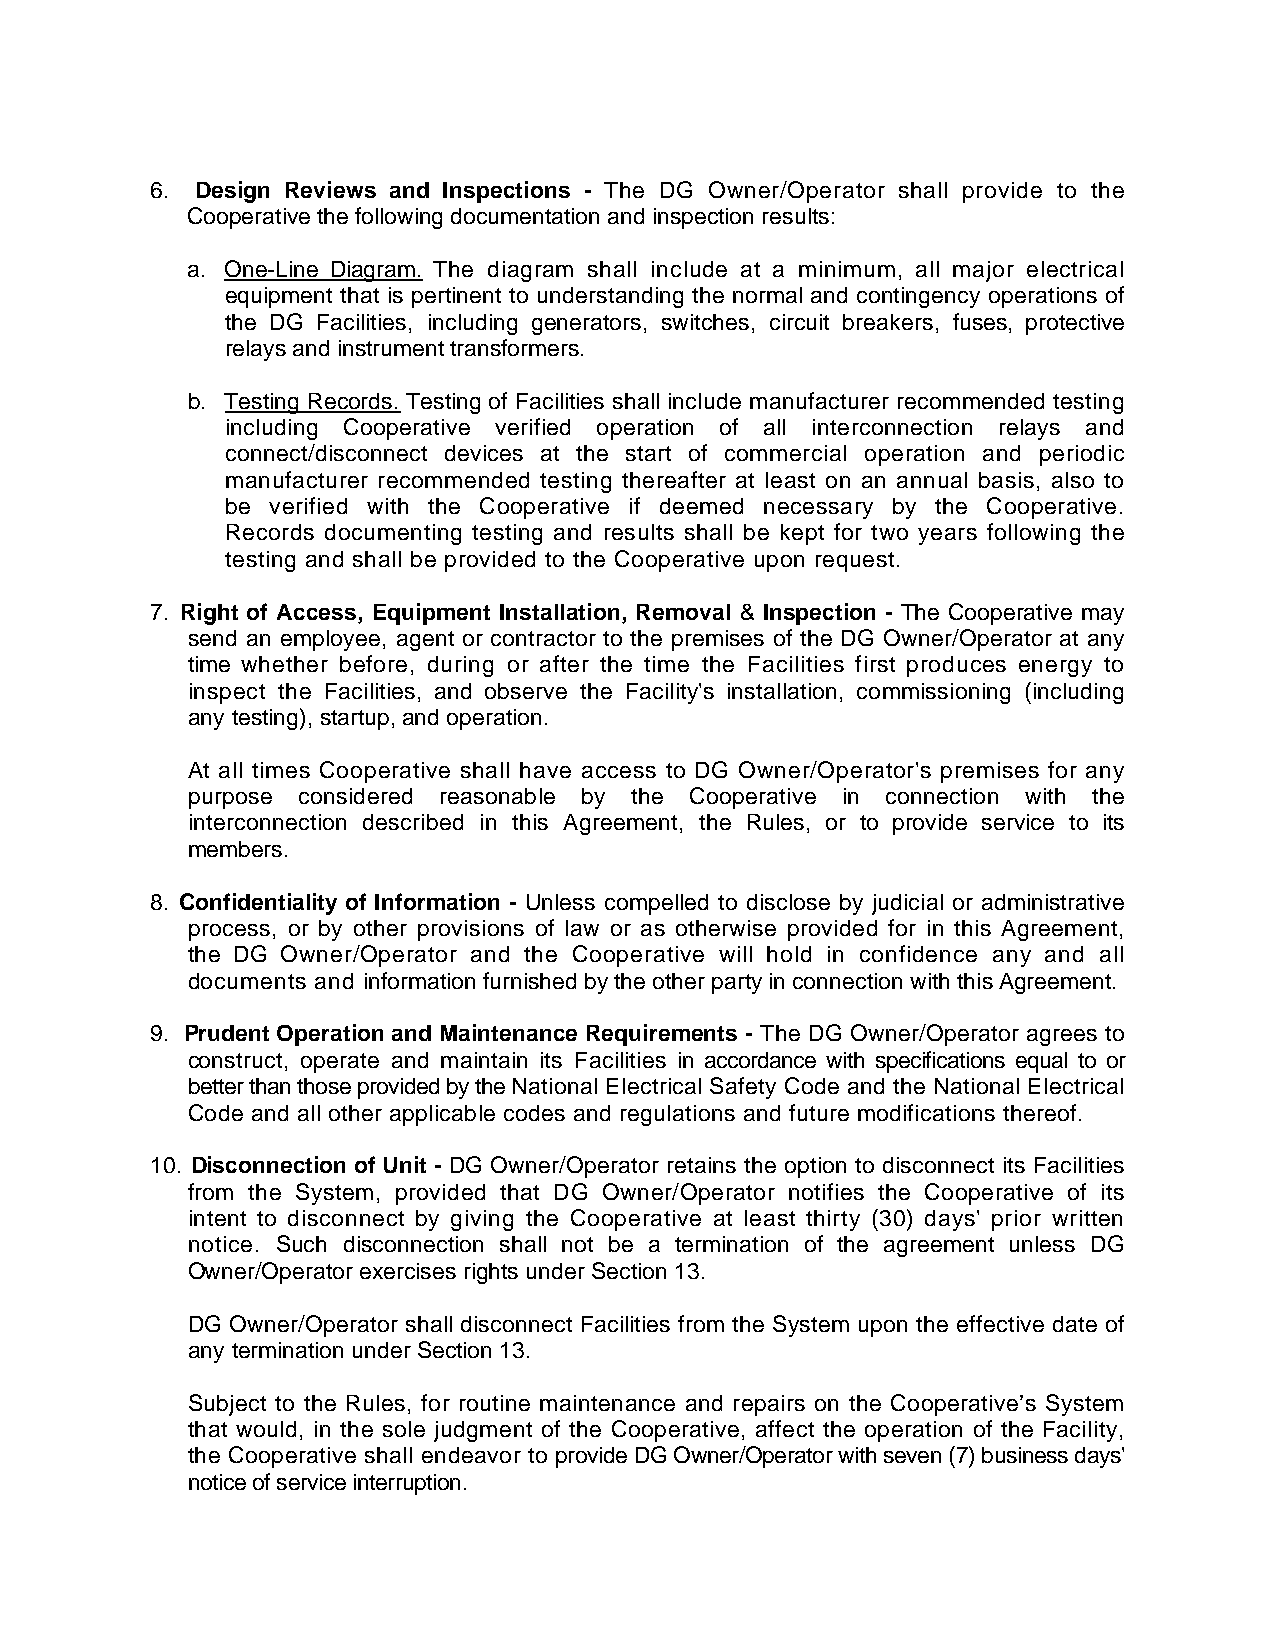
6. Design Reviews and Inspections - The DG Owner/Operator shall provide to the
 Cooperative the following documentation and inspection results:
 a. One-Line Diagram. The diagram shall include at a minimum, all major electrical
 equipment that is pertinent to understanding the normal and contingency operations of
 the DG Facilities, including generators, switches, circuit breakers, fuses, protective
 relays and instrument transformers.
 b. Testing Records. Testing of Facilities shall include manufacturer recommended testing
 including Cooperative verified operation of all interconnection relays and
 connect/disconnect devices at the start of commercial operation and periodic
 manufacturer recommended testing thereafter at least on an annual basis, also to
 be verified with the Cooperative if deemed necessary by the Cooperative.
 Records documenting testing and results shall be kept for two years following the
 testing and shall be provided to the Cooperative upon request.
 7. Right of Access, Equipment Installation, Removal & Inspection - The Cooperative may
 send an employee, agent or contractor to the premises of the DG Owner/Operator at any
 time whether before, during or after the time the Facilities first produces energy to
 inspect the Facilities, and observe the Facility's installation, commissioning (including
 any testing), startup, and operation.
 At all times Cooperative shall have access to DG Owner/Operator's premises for any
 purpose considered reasonable by the Cooperative in connection with the
 interconnection described in this Agreement, the Rules, or to provide service to its
 members.
 8. Confidentiality of Information - Unless compelled to disclose by judicial or administrative
 process, or by other provisions of law or as otherwise provided for in this Agreement,
 the DG Owner/Operator and the Cooperative will hold in confidence any and all
 documents and information furnished by the other party in connection with this Agreement.
 9. Prudent Operation and Maintenance Requirements - The DG Owner/Operator agrees to
 construct, operate and maintain its Facilities in accordance with specifications equal to or
 better than those provided by the National Electrical Safety Code and the National Electrical
 Code and all other applicable codes and regulations and future modifications thereof.
 10. Disconnection of Unit - DG Owner/Operator retains the option to disconnect its Facilities
 from the System, provided that DG Owner/Operator notifies the Cooperative of its
 intent to disconnect by giving the Cooperative at least thirty (30) days' prior written
 notice. Such disconnection shall not be a termination of the agreement unless DG
 Owner/Operator exercises rights under Section 13.
 DG Owner/Operator shall disconnect Facilities from the System upon the effective date of
 any termination under Section 13.
 Subject to the Rules, for routine maintenance and repairs on the Cooperative’s System
 that would, in the sole judgment of the Cooperative, affect the operation of the Facility,
 the Cooperative shall endeavor to provide DG Owner/Operator with seven (7) business days'
 notice of service interruption.